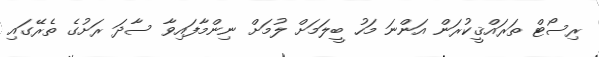
ރިސޯޓް ތަރައްޤީކުރަން އަންނަ މަހު ބީލަމަށް ލުމަށް ނިންމާފައިވާ ސާދަ ރަށުގެ ތެރޭގައި